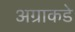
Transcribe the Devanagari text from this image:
अग्राकडे